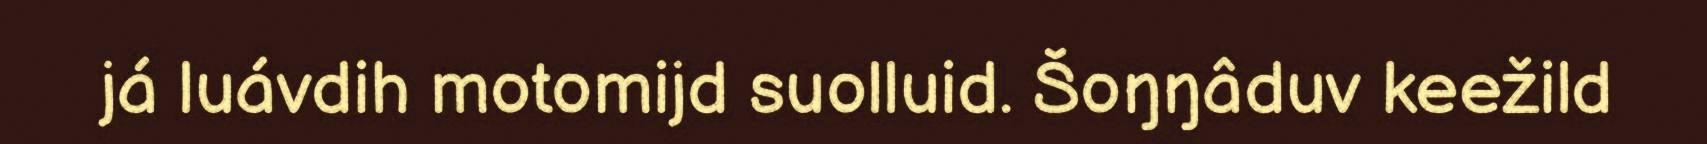
já luávdih motomijd suolluid. Šoŋŋâduv keežild